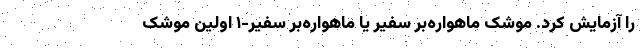
را آزمایش کرد. موشک ماهواره‌بر سفیر یا ماهواره‌بر سفیر-۱ اولین موشک